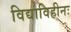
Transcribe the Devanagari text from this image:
विद्याविहीनः